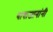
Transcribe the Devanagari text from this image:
बाबाजानांनी